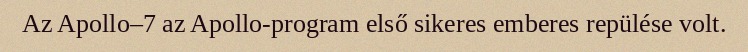
Az Apollo–7 az Apollo-program első sikeres emberes repülése volt.